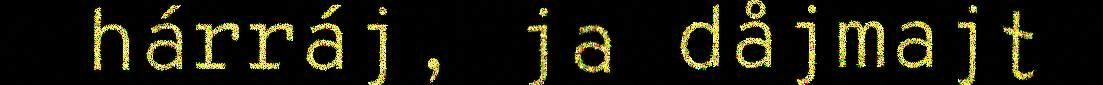
hárráj, ja dåjmajt